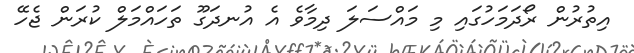
އިތުރުން ރޯދަމަހުގައި މި މައްސަލަ ދިމާވެ އެ އުނދަގޫ ތަހައްމަލް ކުރަން ޖެހޭ